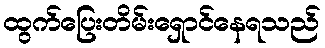
ထွက်ပြေးတိမ်းရှောင်နေရသည်